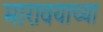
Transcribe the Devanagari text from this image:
मारावयाच्या